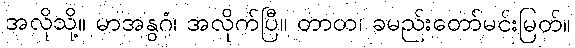
အလိုသို့။ မာအနွဂံ၊ အလိုက်ပြီ။ တာတ၊ ခမည်းတော်မင်းမြတ်။